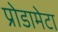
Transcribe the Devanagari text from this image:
प्रोडामेटा